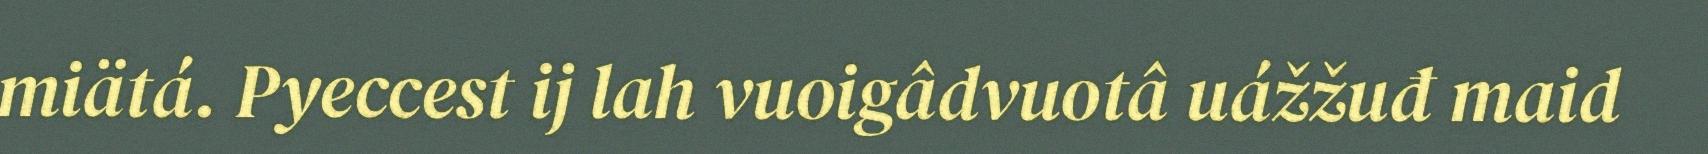
miätá. Pyeccest ij lah vuoigâdvuotâ uážžuđ maid